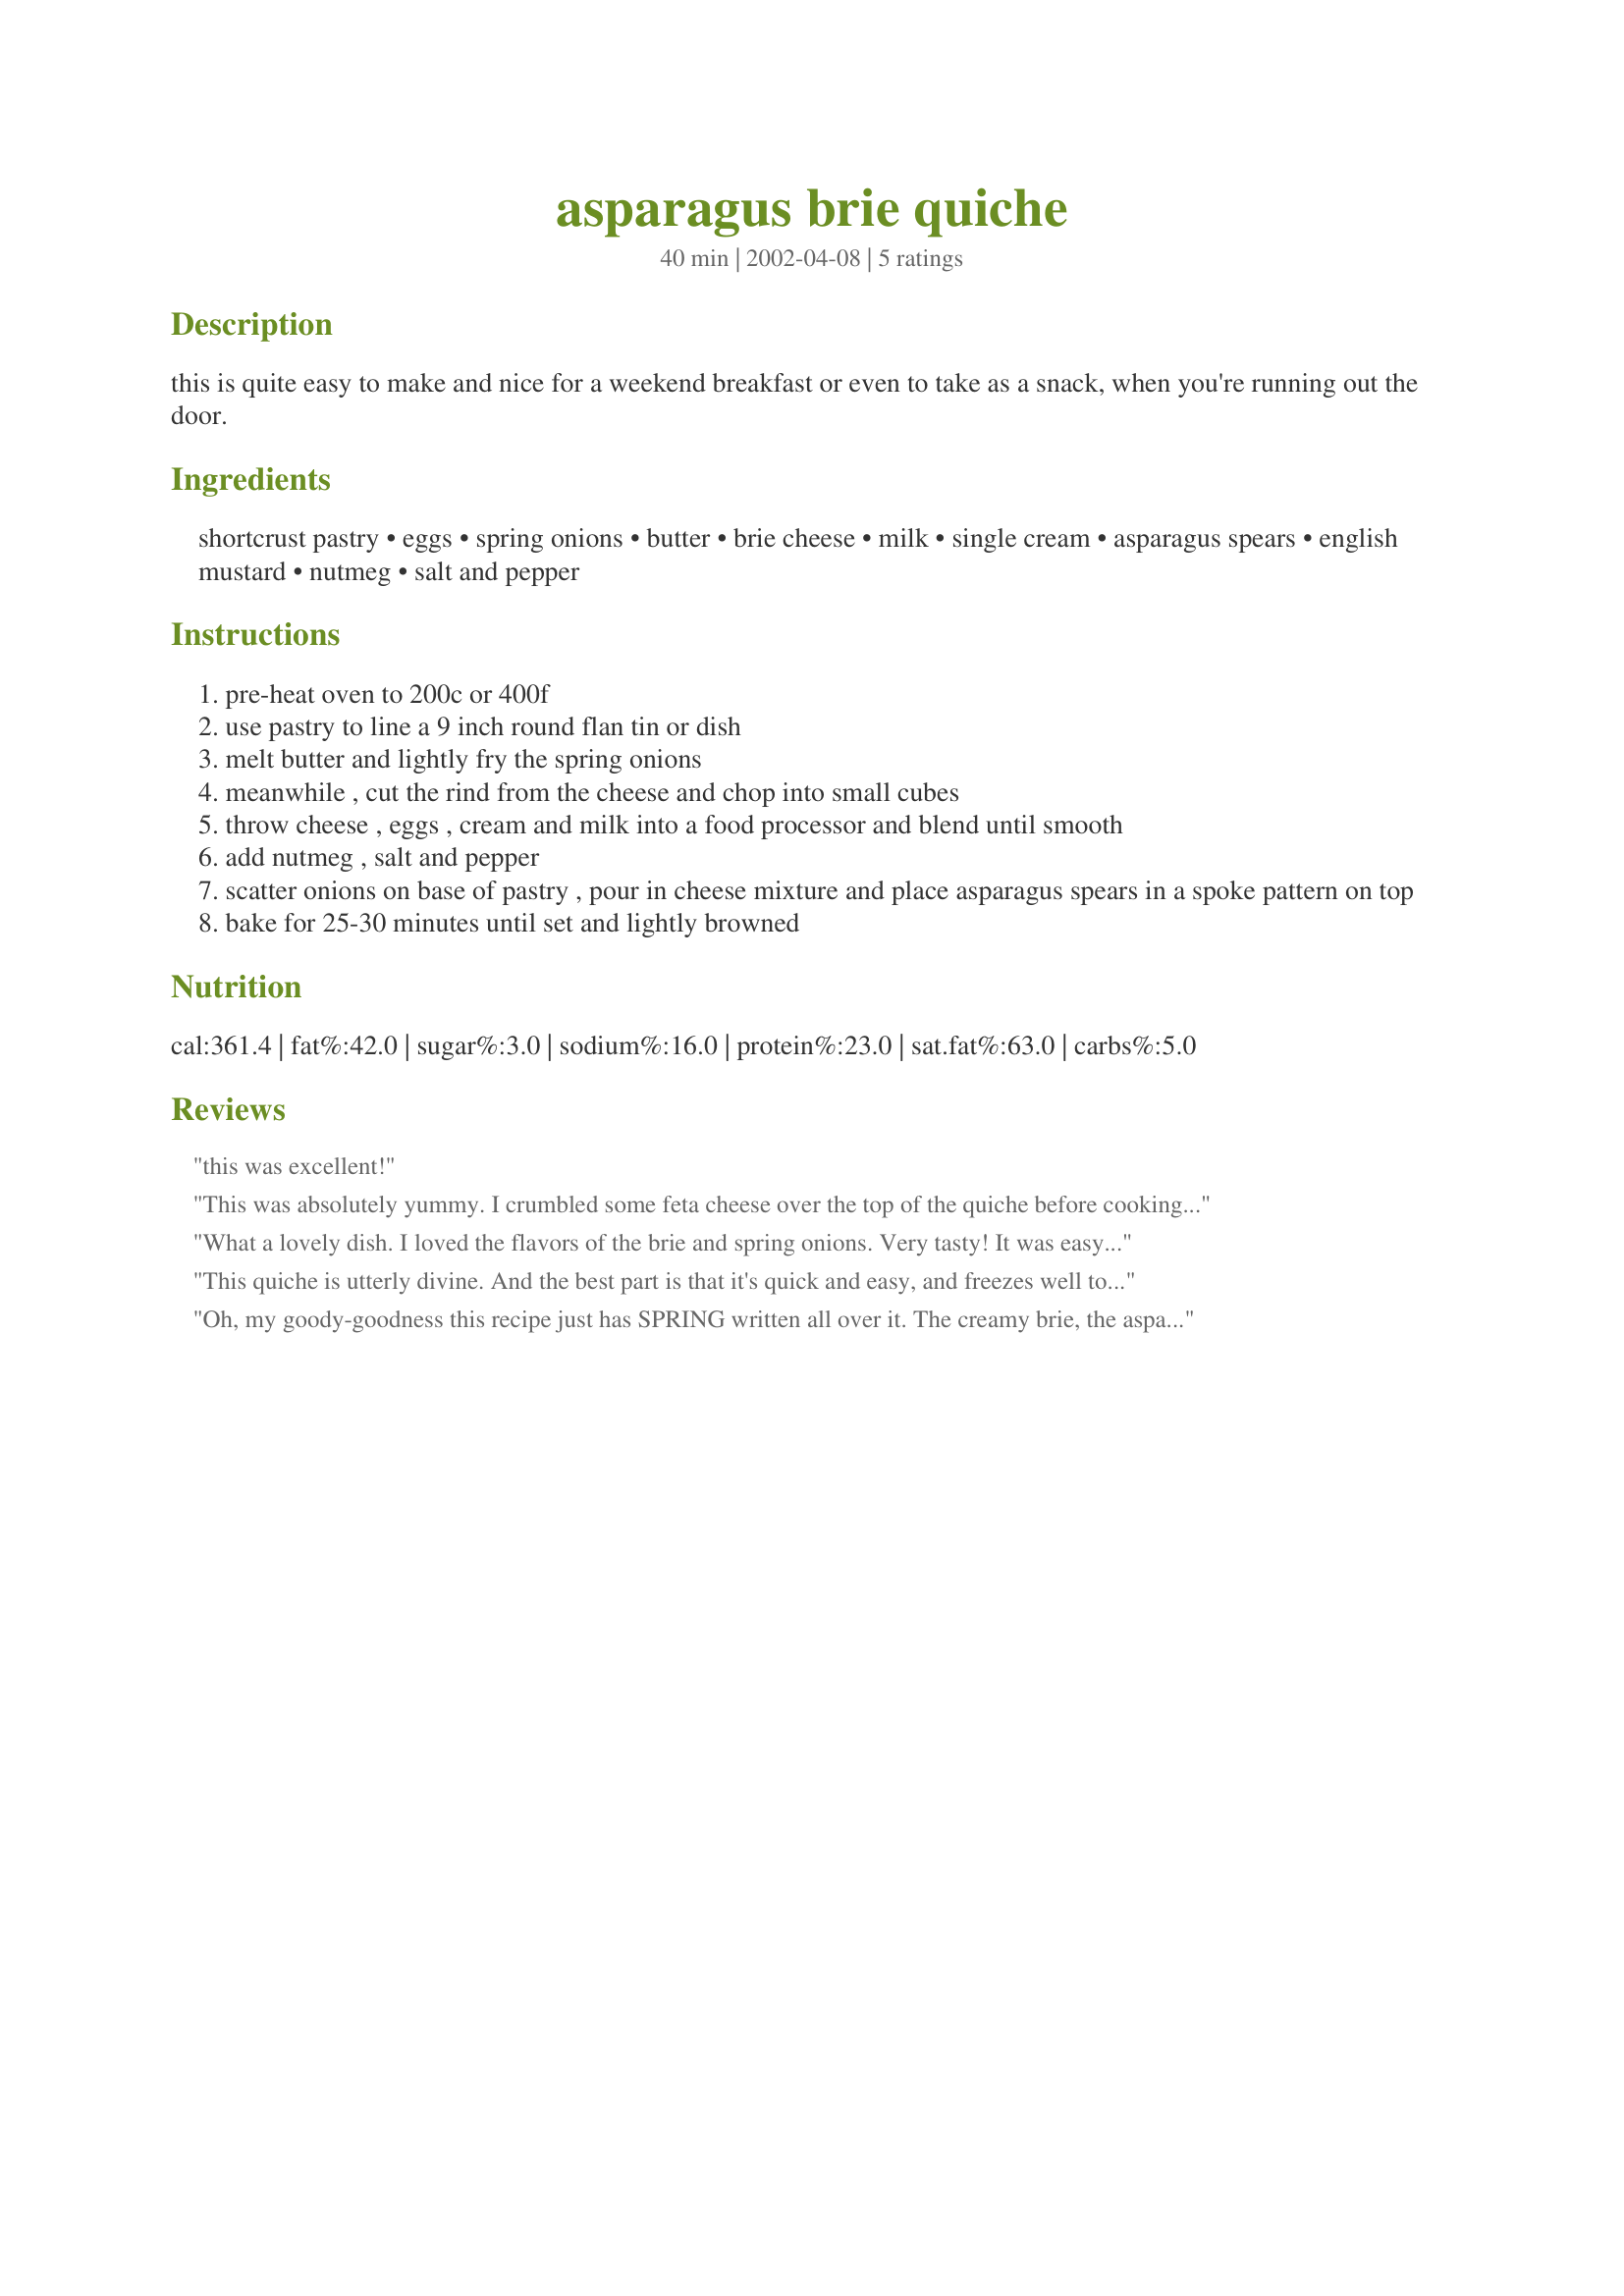
asparagus brie quiche
Preparation time: 40 minutes

this is quite easy to make and nice for a weekend breakfast or even to take as a snack, when you're running out the door.

Ingredients:
shortcrust pastry, eggs, spring onions, butter, brie cheese, milk, single cream, asparagus spears, english mustard, nutmeg, salt and pepper

Steps:
pre-heat oven to 200c or 400f
use pastry to line a 9 inch round flan tin or dish
melt butter and lightly fry the spring onions
meanwhile , cut the rind from the cheese and chop into small cubes
throw cheese , eggs , cream and milk into a food processor and blend until smooth
add nutmeg , salt and pepper
scatter onions on base of pastry , pour in cheese mixture and place asparagus spears in a spoke pattern on top
bake for 25-30 minutes until set and lightly browned

Reviews:
this was excellent!
This was absolutely yummy. I crumbled some feta cheese over the top of the quiche before cooking, delicious!!!
Definately a keeper.
What a lovely dish. I loved the flavors of the brie and spring onions. Very tasty! It was easy to make, and I held it in the refrigerator for about 30 minutes before baking, and it was ok. After it was baked it looked beautiful. I served it with a spinach salad and mini muffins.
Thanks Friedel for posting this wonderful dish.
This quiche is utterly divine. And the best part is that it's quick and easy, and freezes well too. It's fab for breakfast, lunch or dinner.
Oh, my goody-goodness this recipe just has SPRING written all over it. The creamy brie, the asparagus, the green onions *sigh*. Absolutely lovely and delicious.
I made this for Freezer Tag 2008. I made one and baked right away, then froze half to reheat later. The other I made as a "dump recipe" to thaw in the fridge and pour into a prepared pie crust and bake as usual.
The pre-baked one was okay when reheat in the oven, but not the microwave. In the microwave it was rubbery and the crust soggy, but in the oven it was almost as good as freshly baked.
The thawed *then* baked version was wonderful. I chopped the asparagus and mixed it in for this version, but only the pretty look was changed, The taste was still a much-needed breath of Spring.
Make this when asparagus is in season and the use other blanched veggies (like broccoli or spinach) when it isn't. No matter what the season, I highly recommend this dish!
